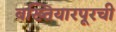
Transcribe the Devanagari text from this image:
बख्तियारपूरची